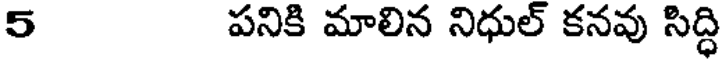
5 పనికి మాలిన నిధుల్ కనవు సిద్ధి